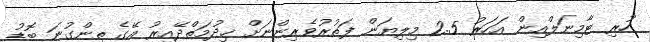
ހުރި ޓާމިނަލްއިން އަހަރު 2.5 މިލިޔަން ފަތުރުވެރިންނަށް ޚިދުމަތްދޭއިރު އޭގެ ތިންގުނަ ބޮޑު